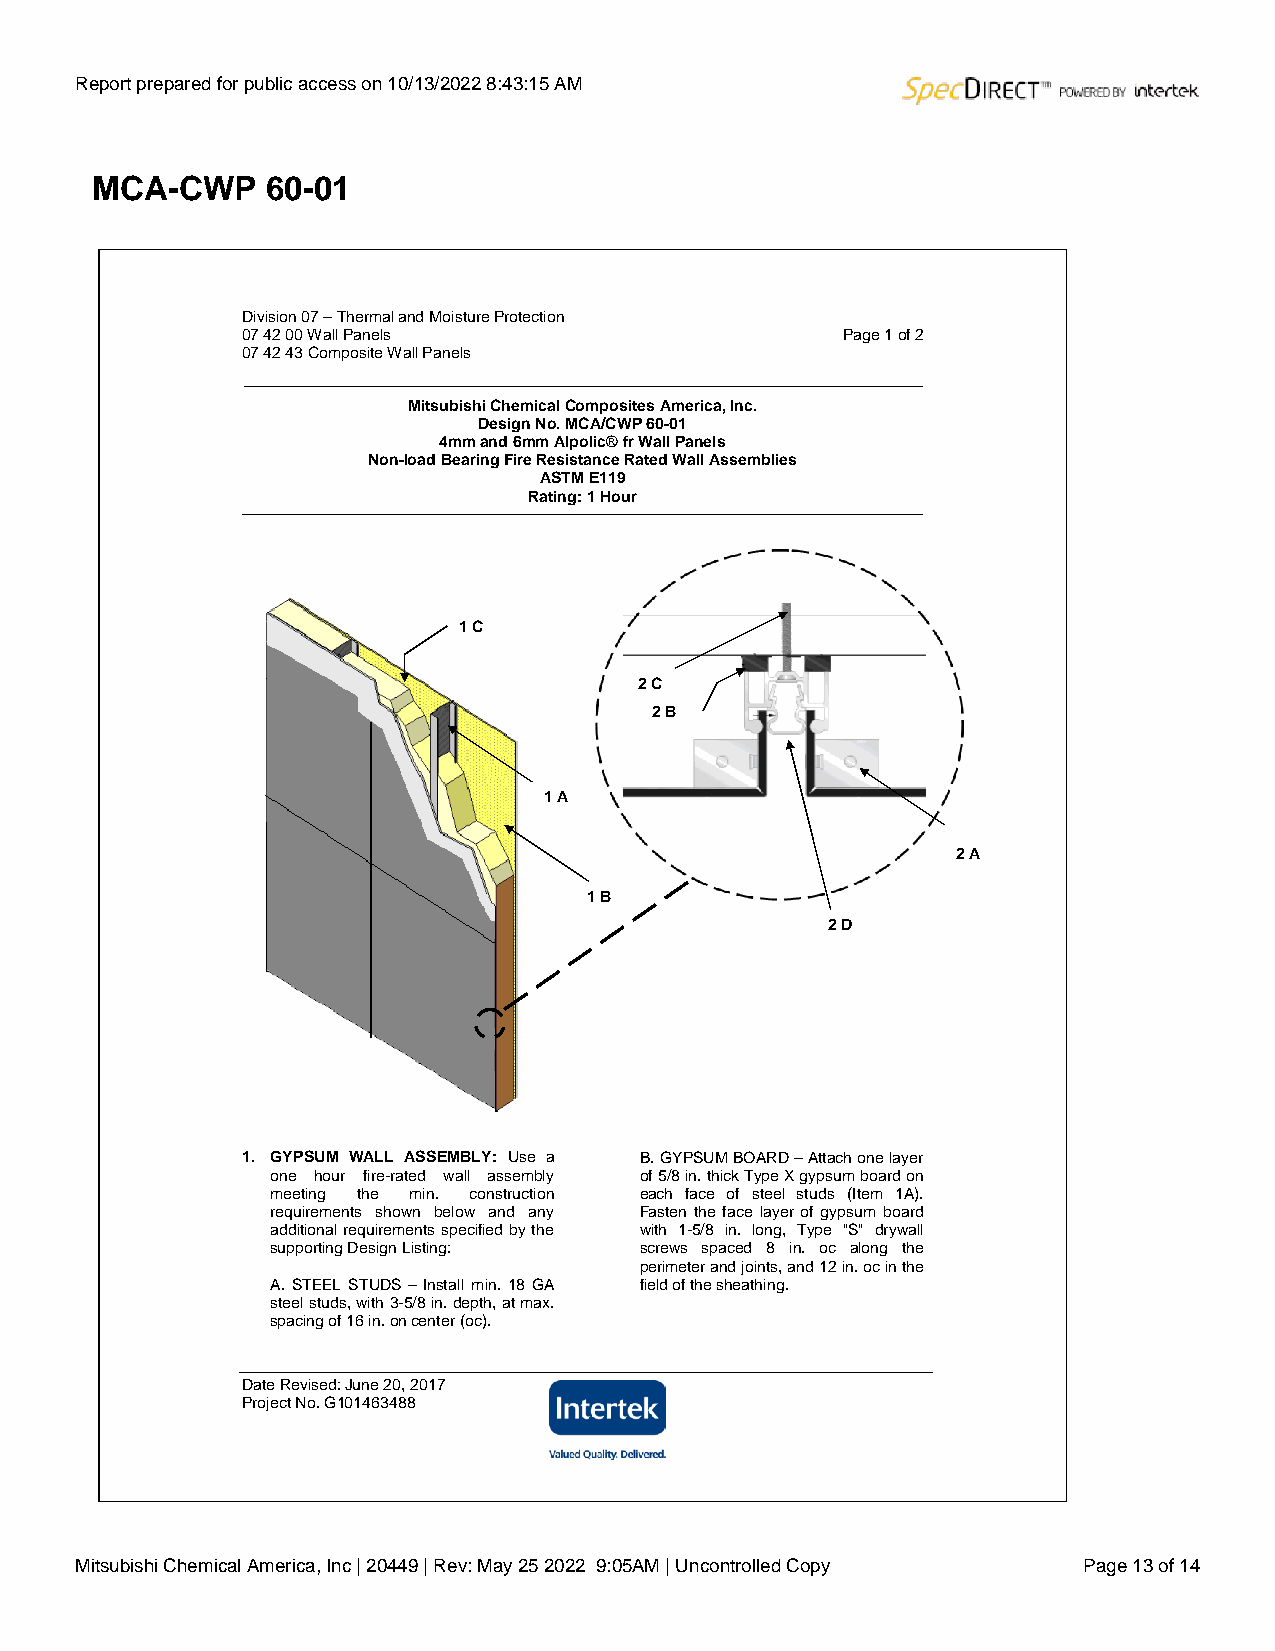
Report prepared for public access on 10/13/2022 8:43:15 AM
 MCA-CWP     60-01
 Division 07 – Thermal and Moisture Protection
 07 42 00 Wall Panels                    Page 1 of 2
 07 42 43 Composite Wall Panels
 Mitsubishi Chemical Composites America, Inc.
 Design No. MCA/CWP 60-01
 4mm and 6mm Alpolic® fr Wall Panels
 Non-load Bearing Fire Resistance Rated Wall Assemblies
 ASTM E119
 Rating: 1 Hour
 1 C
 2 C
 2 B
 1 A
 2 A
 1 B
 2 D
 1. GYPSUM WALL ASSEMBLY: Use a B. GYPSUM BOARD – Attach one layer
 one hour fire-rated wall assembly of 5/8 in. thick Type X gypsum board on
 meeting the min. construction each face of steel studs (Item 1A).
 requirements shown below and any Fasten the face layer of gypsum board
 additional requirements specified by the with 1-5/8 in. long, Type "S" drywall
 supporting Design Listing: screws spaced 8 in. oc along the
 perimeter and joints, and 12 in. oc in the
 A. STEEL STUDS – Install min. 18 GA field of the sheathing.
 steel studs, with 3-5/8 in. depth, at max.
 spacing of 16 in. on center (oc).
 Date Revised: June 20, 2017
 Project No. G101463488
 Mitsubishi Chemical America, Inc | 20449 | Rev: May 25 2022 9:05AM | Uncontrolled Copy Page 13 of 14